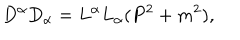
D ^ { \alpha } D _ { \alpha } = L ^ { \alpha } L _ { \alpha } ( P ^ { 2 } + m ^ { 2 } ) ,